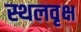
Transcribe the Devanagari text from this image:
स्थलवृक्ष